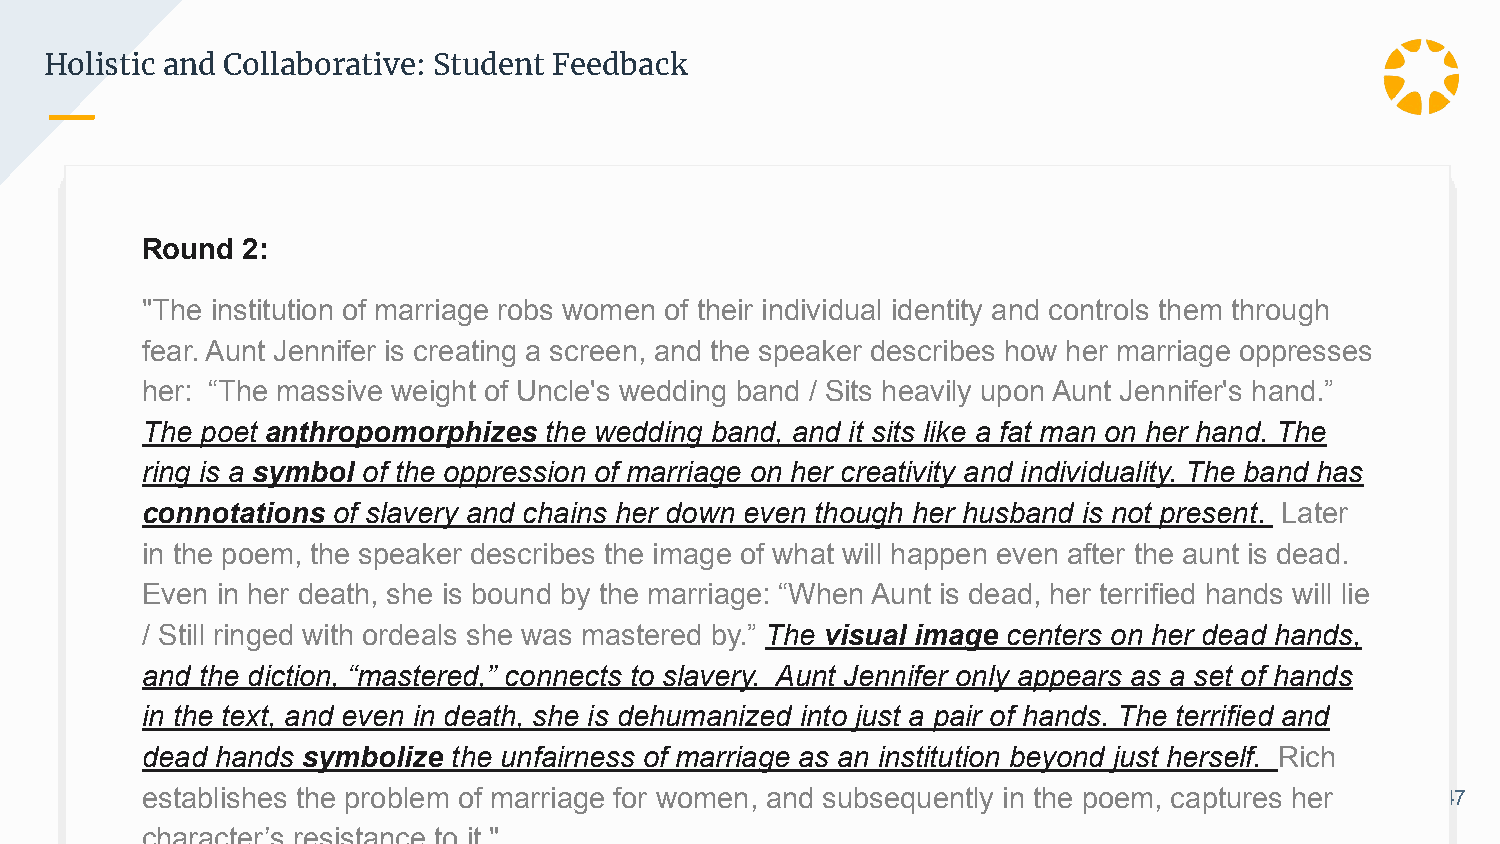
Holistic and Collaborative: Student Feedback
 Round  2:
 "The institution of marriage robs women of their individual identity and controls them through
 fear. Aunt Jennifer is creating a screen, and the speaker describes how her marriage oppresses
 her: “The massive weight of Uncle's wedding band / Sits heavily upon Aunt Jennifer's hand.”
 The poet anthropomorphizes the wedding band, and it sits like a fat man on her hand. The
 ring is a symbol of the oppression of marriage on her creativity and individuality. The band has
 connotations of slavery and chains her down even though her husband is not present. Later
 in the poem, the speaker describes the image of what will happen even after the aunt is dead.
 Even in her death, she is bound by the marriage: “When Aunt is dead, her terrified hands will lie
 / Still ringed with ordeals she was mastered by.” The visual image centers on her dead hands,
 and the diction, “mastered,” connects to slavery. Aunt Jennifer only appears as a set of hands
 in the text, and even in death, she is dehumanized into just a pair of hands. The terrified and
 dead hands symbolize the unfairness of marriage as an institution beyond just herself. Rich
 establishes the problem of marriage for women, and subsequently in the poem, captures her 47
 character’s resistance to it."